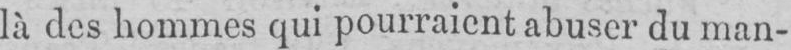
là des hommes qui pourraient abuser du man-